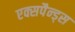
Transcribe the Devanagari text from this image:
एक्सपैन्ड्स